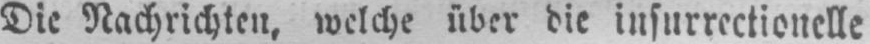
Die Nachrichten, welche über die insurrectionelle